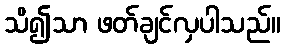
သိ၍သာ ဖတ်ချင်လှပါသည်။